Calcutta medical institutions reports 1892-1900
Year: 1892
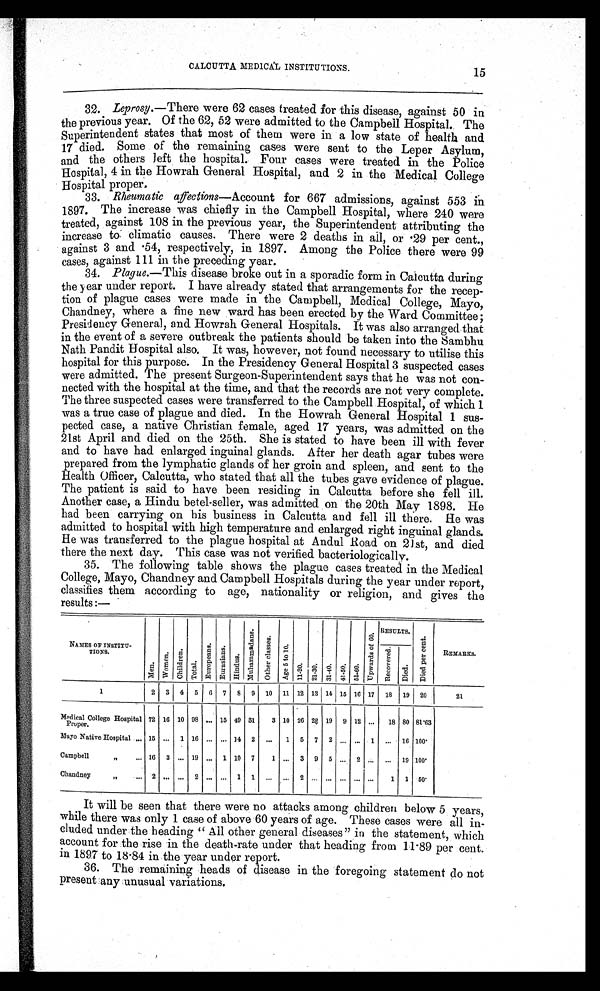
CALCUTTA MEDICAL INSTITUTIONS.
32. Leprosy. —There were 62 cases treated for this disease, against 50 in
the previous year. Of the 62, 52 were admitted to the Campbell Hospital. The
Superintendent states that most of them were in a low state of health and
17 died. Some of the remaining cases were sent to the Leper Asylum,
and the others left the hospital. Four cases were treated in the Police
Hospital, 4 in the Howrah General Hospital, and 2 in the Medical College
Hospital proper.
33. Rheumatic affections—Account for 667 admissions, against 553 in
1897. The increase was chiefly in the Campbell Hospital, where 240 were
treated, against 108 in the previous year, the Superintendent attributing the
increase to climatic causes. There were 2 deaths in all, or .29 per cent.,
against 3 and .54, respectively, in 1897. Among the Police there were 99
cases, against 111 in the preceding year.
34. . Plague. —This disease broke out in a sporadic form in Calcutta during
the year under report. I have already stated that arrangements for the recep-
tion of plague cases were made in the Campbell, Medical College, Mayo,
Chandney, where a fine new ward has been erected by the Ward Committee;
Presidency General, and Howrah General Hospitals. It was also arranged that
in the event of a severe outbreak the patients should be taken into the Sambhu
Nath Pandit Hospital also. It was, however, not found necessary to utilise this
hospital for this purpose. In the Presidency General Hospital 3 suspected cases
were admitted. The present Surgeon-Superintendent says that he was not con-
nected with the hospital at the time, and that the records are not very complete.
The three suspected cases were transferred to the Campbell Hospital, of which 1
was a true case of plague and died. In the Howrah General Hospital 1 sus-
pected case, a native Christian female, aged 17 years, was admitted on the
21st April and died on the 25th. She is stated to have been ill with fever
and to have had enlarged inguinal glands. After her death agar tubes were
prepared from the lymphatic glands of her groin and spleen, and sent to the
Health Officer, Calcutta, who stated that all the tubes gave evidence of plague.
The patient is said to have been residing in Calcutta before she fell ill.
Another case, a Hindu betel-seller, was admitted on the 20th May 1898. He
had been carrying on his business in Calcutta and fell ill there. He was
admitted to hospital with high temperature and enlarged right inguinal glands.
He was transferred to the plague hospital at Andul Road on 21st, and died
there the next day. This case was not verified bacteriologically.
35. The following table shows the plague cases treated in the Medical
College, Mayo, Chandney and Campbell Hospitals during the year under report,
classifies them according to age, nationality or religion, and gives the
results:—
NAMES OF INSTITU-
TIOES.
M e n . W o m e n . C h i l d r e n .
T o t a l .
E u r o p e a n s .
E u r a s i a n s .
H i n d u s .
Mu h a mma d a n s .
O t h e r c l a s s e s .
A g e 5 t o 1 0 .
1 1 - 2 0 . 2 1 - 3 0 . 3 1 - 4 0 . 4 1 . 5 0 . 5 1 - 6 0 .
U p w a r d s o f 6 0 .
RESULTS.
D i e d p e r c e n t .
REMARKS.
R e c o v e r e d .
D i e d .
1
2 3 4 5 6 7 8 9 10 11 12 13 14 15 16 17 18 19 20
21
Medical College Hospital
Proper.
72 16 10 98 ... 15 49 31
3 10 26 22 19 9 12 . . . 18 80 81.63
Mayo Native Hospital ... 15 . . . 1 16 . . . ... 14 2
. . . 1 5 7 2 . . . . . . 1
. . . 16 100.
Campbell ,,
. . . 16 3 . . . 19 ... 1 10 7
1 ... 3 9 5 . . . 2 . . .
. . . 19 100.
Chandney ,,
. . . 2 . . . . . . 2 . . .
...
1 1 ...
. . . 2 . . . . . . . . . . . . 1
1
5 0 .
It will be seen that there were no attacks among children below 5 years,
while there was only 1 case of above 60 years of age. These cases were all in-
cluded under the heading " All other general diseases" in the statement, which
account for the rise in the death-rate under that heading from 11.89 per cent.
in 1897 to 18.84 in the year under report.
36. The remaining heads of disease in the foregoing statement do not
present any unusual variations.
15